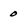
Character: 0